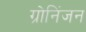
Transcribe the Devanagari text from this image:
ग्रोनिंजन